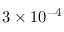
3 \times 1 0 ^ { - 4 }